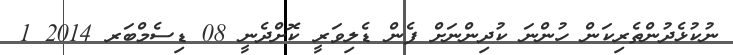
ނުކުޅެދުންތެރިކަން ހުންނަ ކުދިންނަށް ފެން ޑެލިވަރީ ކޮށްދެނީ 08 ޑިސެމްބަރ 2014 1